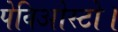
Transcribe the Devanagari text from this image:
पेविओस्टो।